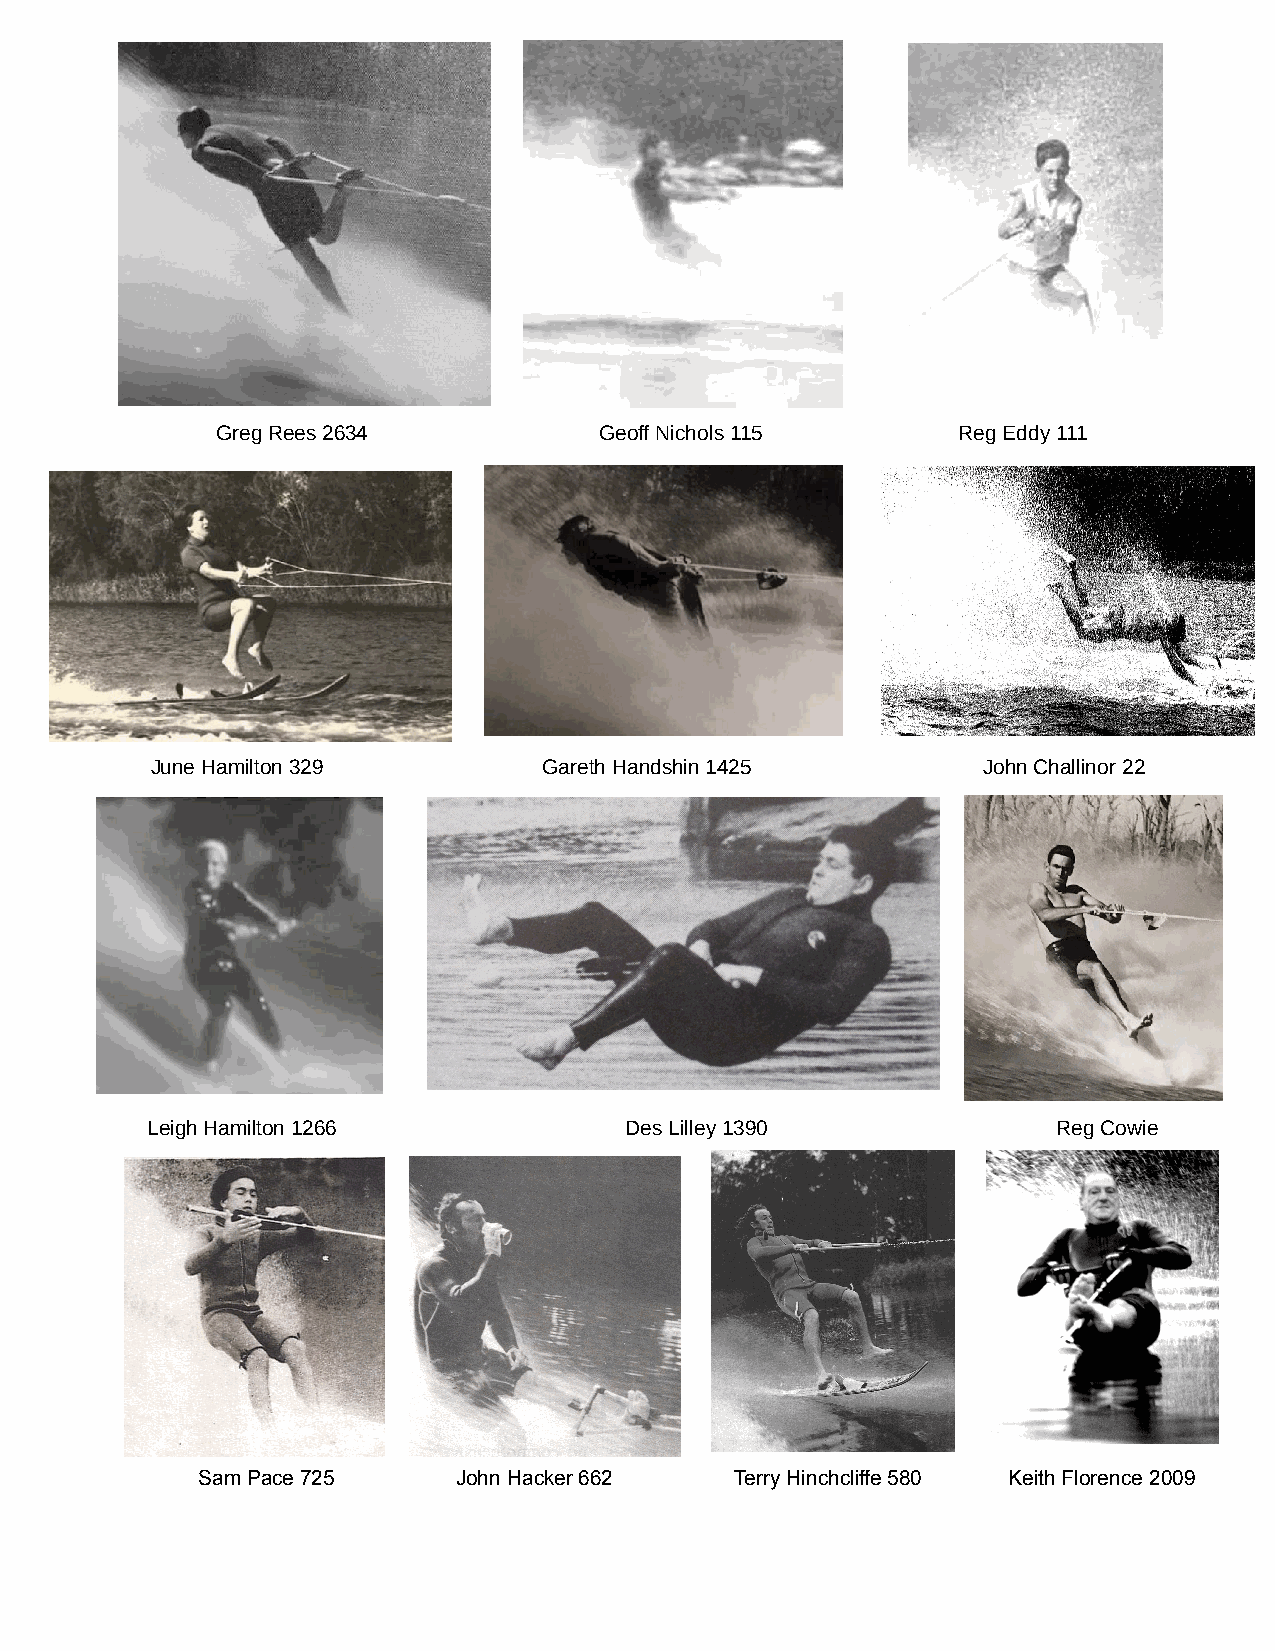
Greg Rees 2634            Geoff Nichols 115      Reg Eddy 111
 June Hamilton 329         Gareth Handshin 1425         John Challinor 22
 Leigh Hamilton 1266            Des Lilley 1390              Reg Cowie
 Sam Pace 725     John Hacker 662    Terry Hinchcliffe 580 Keith Florence 2009